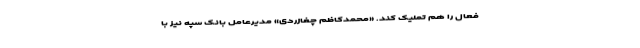
فعال را هم تملیک کند. «محمدکاظم چغازردی» مدیرعامل بانک سپه نیز با